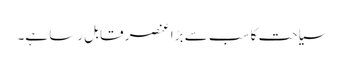
سیاحت کا سب سے بڑا عنصر قابل رسا ہے۔